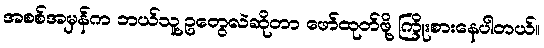
အစစ်အမှန်က ဘယ်သူ့ဥတွေလဲဆိုတာ ဖော်ထုတ်ဖို့ ကြိုးစားနေပါတယ်။